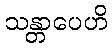
သန္တာပေဟိ